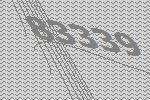
83339